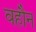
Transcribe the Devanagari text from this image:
वहौन